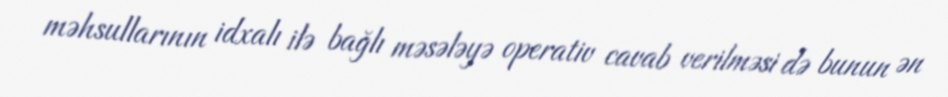
məhsullarının idxalı ilə bağlı məsələyə operativ cavab verilməsi də bunun ən